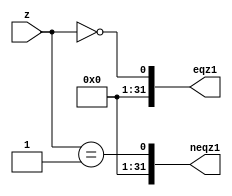
module EQZ3(eqz1,neqz1,z);
input [31:0] z;
output reg [31:0]eqz1,neqz1;
assign eqz1= z==0;
assign neqz1= z==1;


    


endmodule